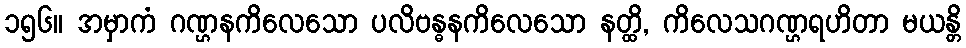
၁၅၆။ အမှာကံ ဂဏ္ဌနကိလေသော ပလိဗန္ဓနကိလေသော နတ္ထိ, ကိလေသဂဏ္ဌရဟိတာ မယန္တိ